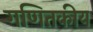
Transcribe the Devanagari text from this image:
गणितकीय